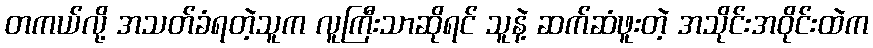
တကယ်လို့ အသတ်ခံရတဲ့သူက လူကြီးသာဆိုရင် သူနဲ့ ဆက်ဆံဖူးတဲ့ အသိုင်းအဝိုင်းထဲက